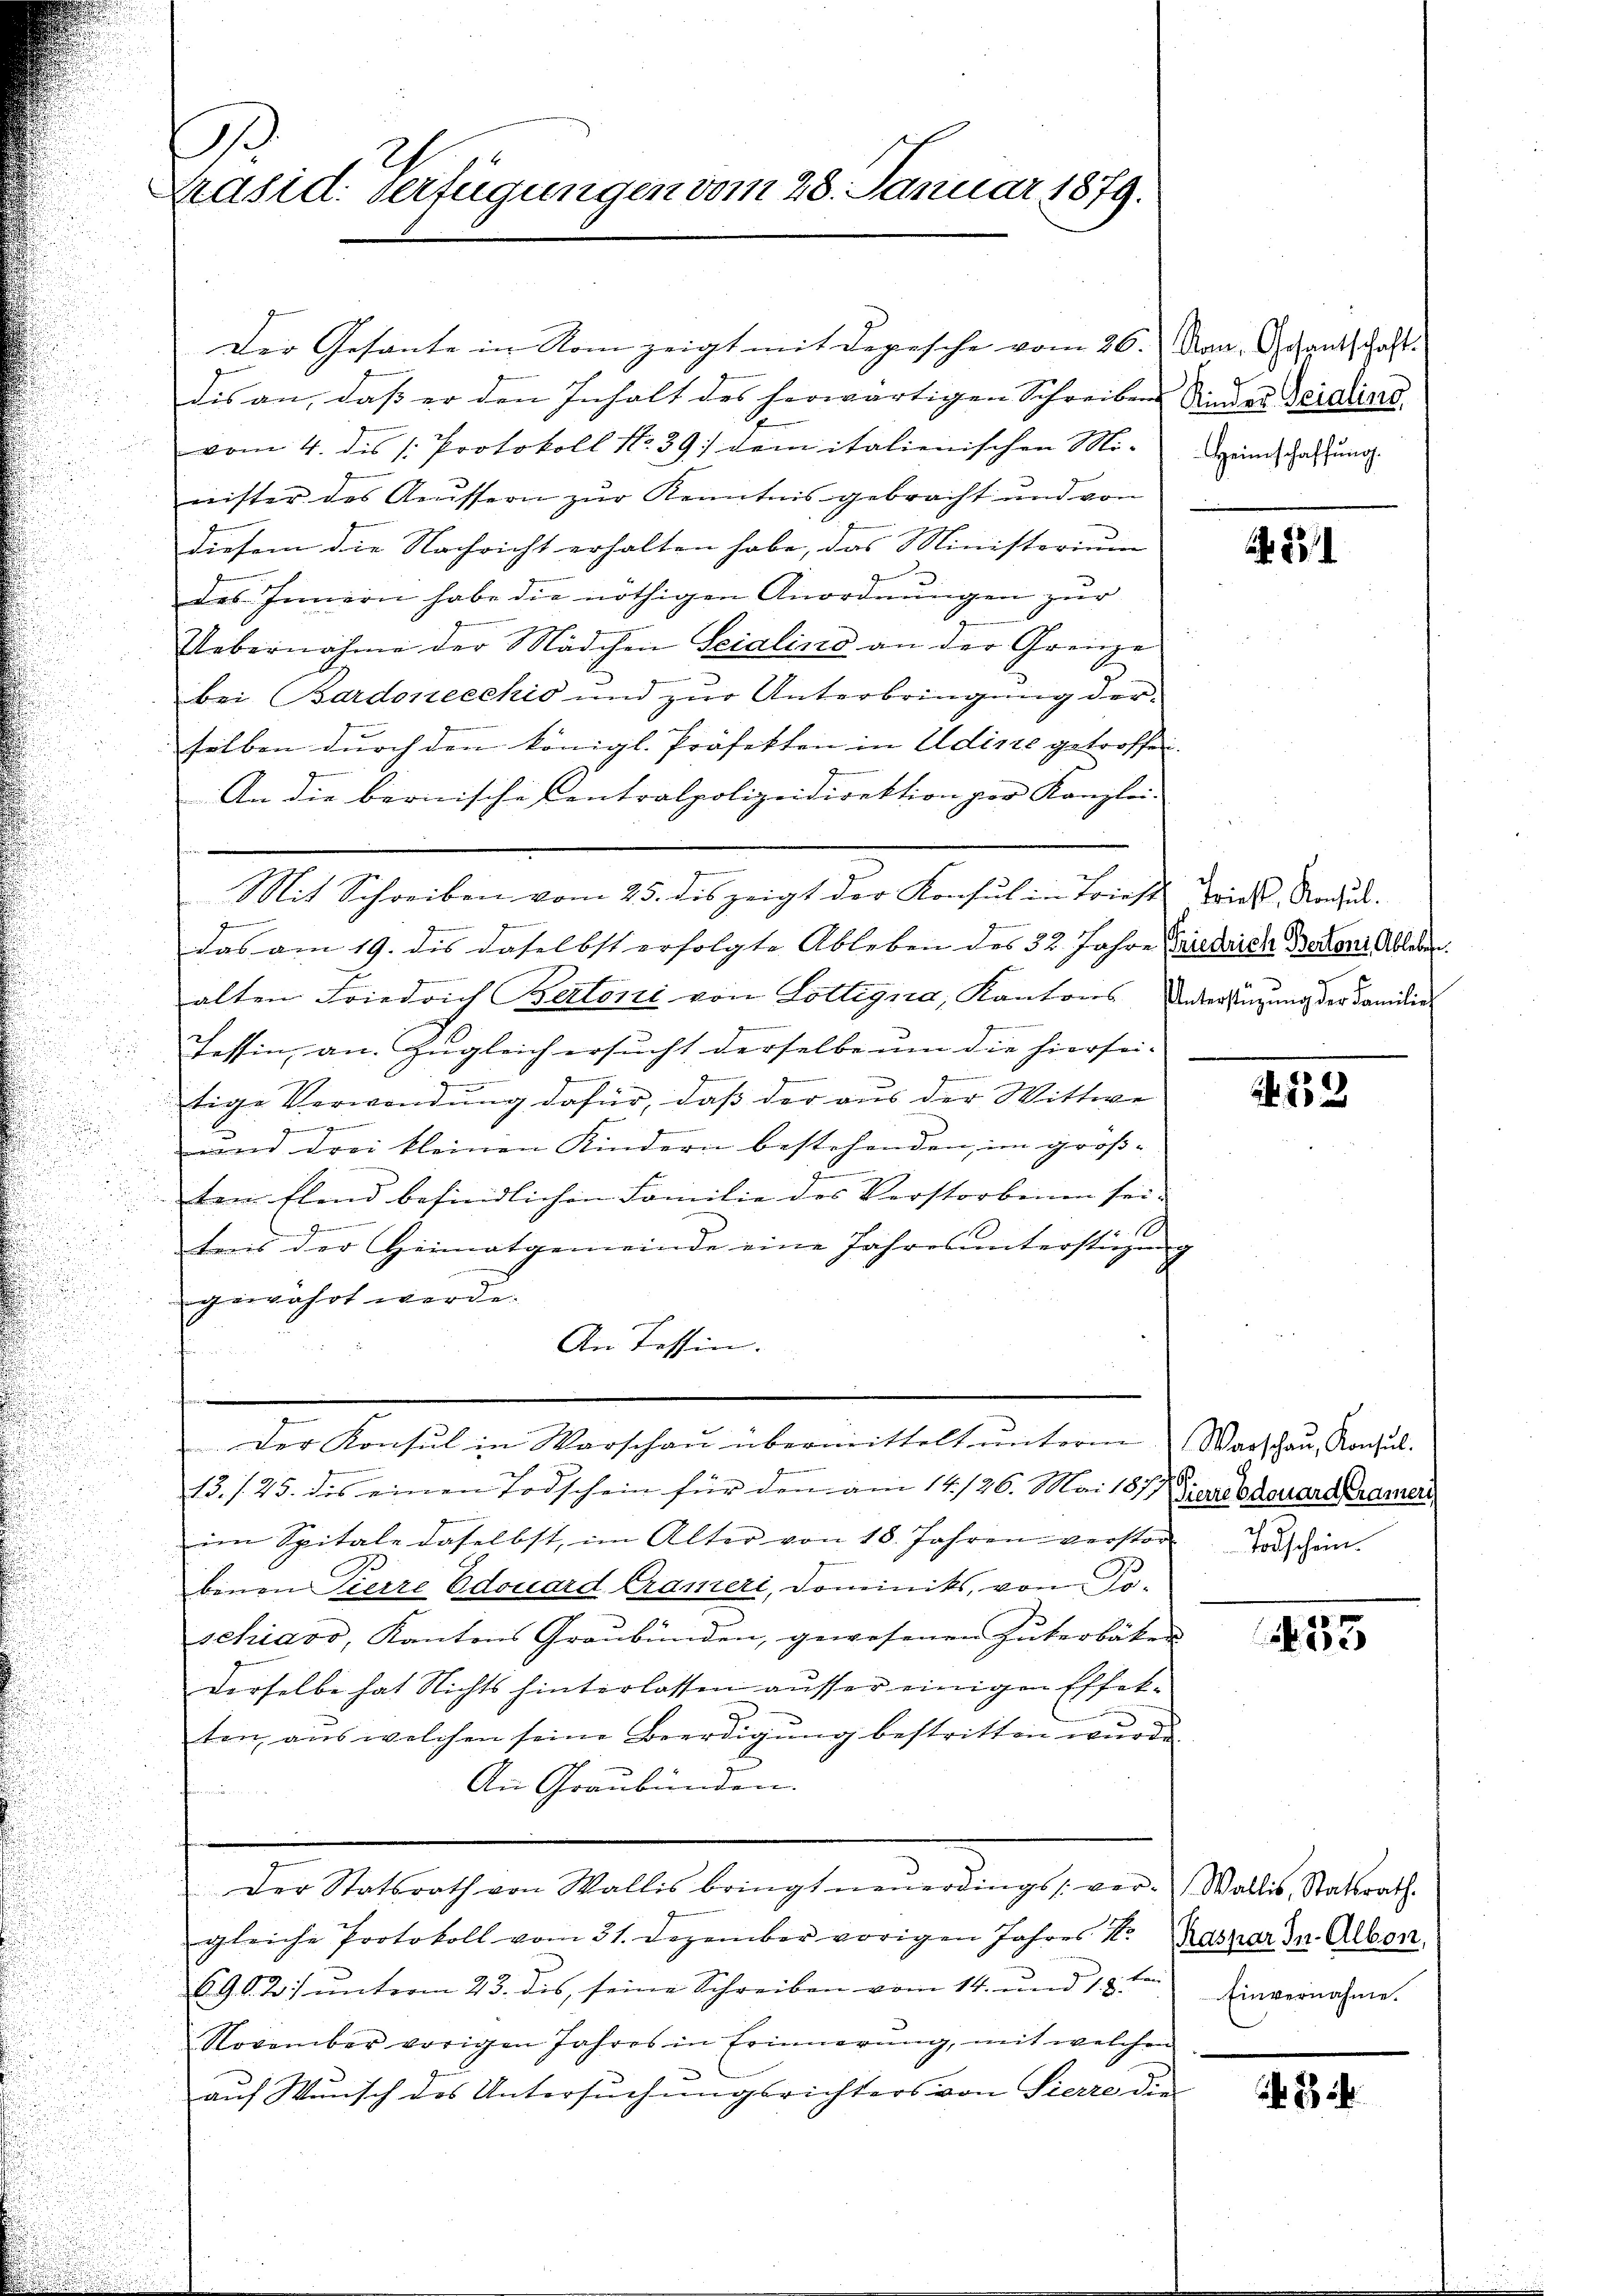
Präsid. Verfügungen vom 28. Januar 1879.

.

dis an, daß er den Inhalt des herwärtigen Schreiben Ander Seidlins
vom 4. des Protokoll No 39) dem italienischen Mi-Dreinschaffung
nister des Aeussern zur Kenntnis gebracht und von
diesem die Nachricht erhalten habe, das Ministerium
des Innern habe die nöthigen Anordnŭngen zur
Uebernahme der Mädchen Seidlino an der Grenze
bei Bardonecchio und zur Unterbringung der
selben durch den königl. Präfekten in Adirte getroffen.
An die bernische Centralpolizeidirektion per Kanzlei-
Mit Schreiben vom 25. dis zeigt der Konsul in Brieft wies. Nache.
das am 19. dis daselbst erfolgte Ableben des 32 Jahre Friedrich Barons Ableben.
alten Friedrich Bertoni von Lottigna, Kantons Unterstüzung der Familie
.
Tessin, an. Zugleich ersucht derselbe um die hiersei-
tige Verwendung dafür, daß der aus der Wittwe
Gener Gemeinen
und drei kleinen Kindern bestehenden, im großzu
tem Elend befindlichen Familie des Verstorbenen seiteis der Heimatgemeinde eine Jahres unterstigen
gewahrt werde.
An Tessin.

.
7
Der Konsul in Warschau übermittelt unterm Warschau, Konsul
n
13./25. des einen Todschein für den am 14./26. Mai 1879 Giezebdeuard Kramer,
im Spitale daselbst, im Alter von 18. Jahren verstor Vorschen.
r
benen Tierre Edouard Crameri, Dominiks, von Po-
schiavo, Kantons Graubünden, gewesenen Güterbäken
derselbe hat Nichts hinterlassen ausser einigen Effekten aus welchen seine Beerdigŭng bestritten wurde.
An Graubünden.
Der Statsrath von Wallis bringt neŭerdings ver-Wallis, Statsrath.
gleiche Protokoll vom 31. Dezember vorigen Jahres N. Kaspar da. Albon.
6.9.G. 2) unterm 23. dis, seine Schreiben vom 14. und 18 te
November vorigen Jahres in Erinnerung, mit welchen
auf Wunsch des Untersuchungsrichters von Sierre die

Der Gesante in Nom zeigt mit Depesche vom 26.) Nan. Gesantschaft

231

.52

53

Einvernahme.